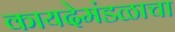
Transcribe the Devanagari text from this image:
कायदेमंडळाचा